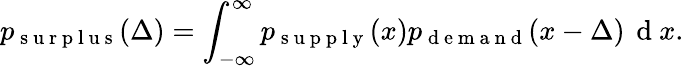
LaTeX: p_{\mathrm{~s~u~r~p~l~u~s~}}(\Delta)=\int_{-\infty}^{\infty}p_{\mathrm{~s~u~p~p~l~y~}}(x)p_{\mathrm{~d~e~m~a~n~d~}}(x-\Delta)\, \mathrm{~d~}x.